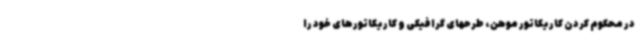
در محکوم کردن کاریکاتور موهن، طرحهای گرافیکی و کاریکاتورهای خود را